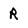
Character: R